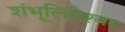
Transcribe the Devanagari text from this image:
शंभूलिंगेश्‍वर